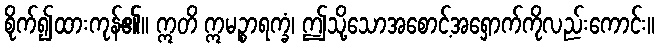
စိုက်၍ထားကုန်၏။ ဣတိ ဣမဉ္စာရက္ခံ၊ ဤသို့သောအစောင့်အရှောက်ကိုလည်းကောင်း။